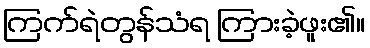
ကြက်ရဲတွန်သံရ ကြားခဲ့ဖူး၏။